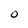
Character: O